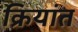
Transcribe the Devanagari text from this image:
क्रियांत